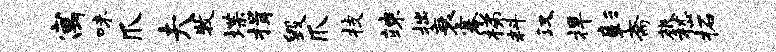
寓味爪夫牧堞揖毁爪技竦拙衰搴梯料汉捍彰斋旅嵇柘